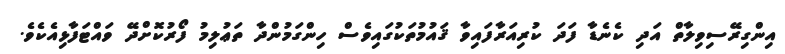
އިންގިރޭސިވިލާތް އަދި ކެނެޑާ ފަދަ ކުރިއަރާފައިވާ ޤައުމުތަކުގައިވެސް ހިންގަމުންދާ ތަޢުލިމު ފޯރުކޮށްދޭ ވައްޓަފާޅިއެކެވެ.